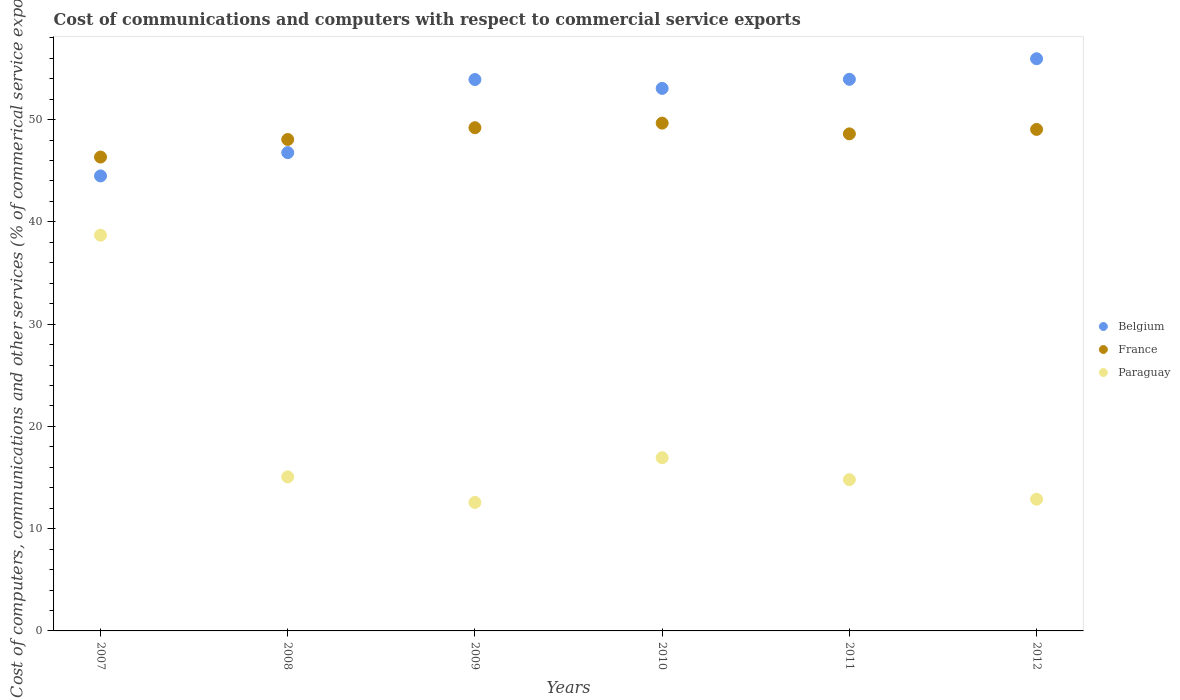
| Years | Belgium | France | Paraguay |
 | --- | --- | --- | --- |
 | 2007 | 44.5 | 46.3 | 38.7 |
 | 2008 | 46.8 | 48 | 15.1 |
 | 2009 | 53.9 | 49.2 | 12.6 |
 | 2010 | 53 | 49.7 | 16.9 |
 | 2011 | 53.9 | 48.6 | 14.8 |
 | 2012 | 55.9 | 49 | 12.9 |